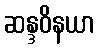
ဆန္ဒဝိနယာ